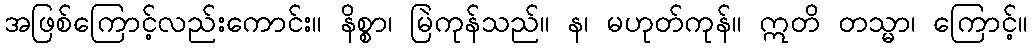
အဖြစ်ကြောင့်လည်းကောင်း။ နိစ္စာ၊ မြဲကုန်သည်။ န၊ မဟုတ်ကုန်။ ဣတိ တသ္မာ၊ ကြောင့်။